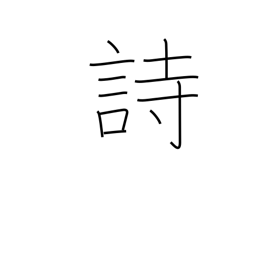
Meaning: poem